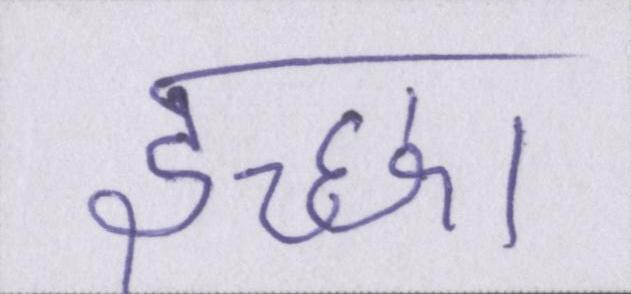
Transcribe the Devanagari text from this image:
इच्छा